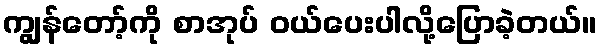
ကျွန်တော့်ကို စာအုပ် ဝယ်ပေးပါလို့ပြောခဲ့တယ်။